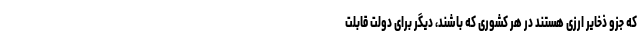
که جزو ذخایر ارزی هستند در هر کشوری که باشند، دیگر برای دولت قابلت